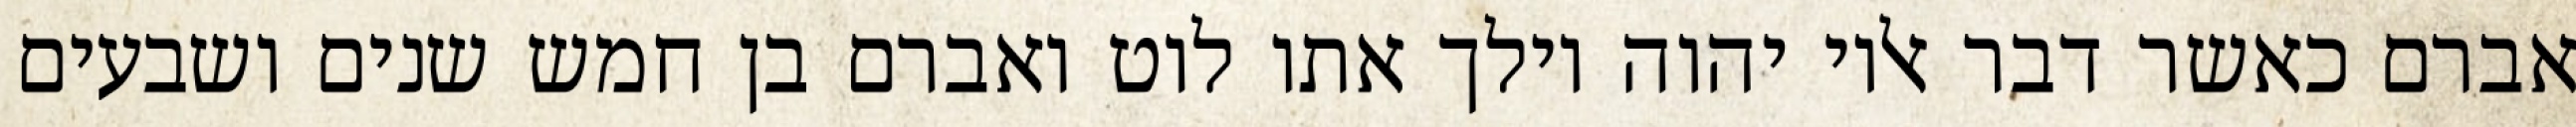
אברם כאשר דבר אליו יהוה וילך אתו לוט ואברם בן חמש שנים ושבעים